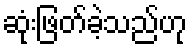
ဆုံးဖြတ်ခဲ့သည်ဟု